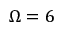
\Omega = 6